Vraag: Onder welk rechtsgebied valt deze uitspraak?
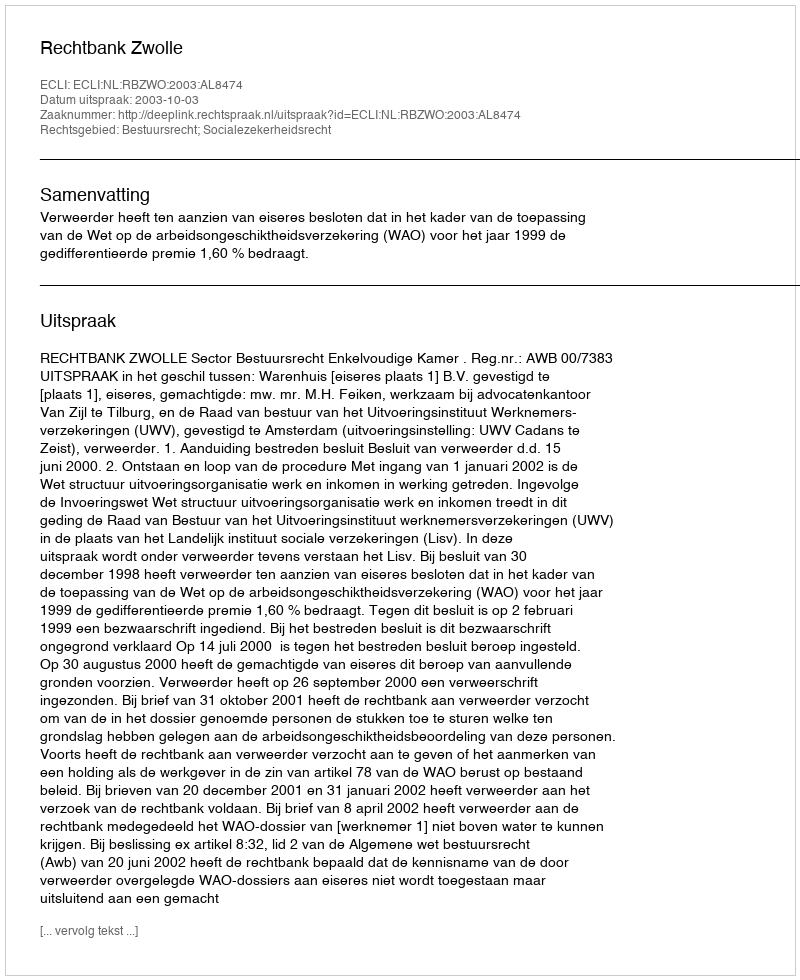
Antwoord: Bestuursrecht; Socialezekerheidsrecht